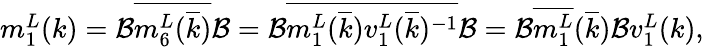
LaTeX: \begin{array}{r}{m_{1}^{L}(k)=\mathcal{B}\overline{{m_{6}^{L}(\overline{{k}})}}\mathcal{B}=\mathcal{B}\overline{{m_{1}^{L}(\overline{{k}})}}\overline{{v_{1}^{L}(\overline{{k}})^{-1}}}\mathcal{B}=\mathcal{B}\overline{{m_{1}^{L}}}(\overline{{k}})\mathcal{B}v_{1}^{L}(k),}\end{array}